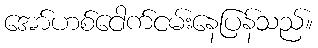
အော်ဟစ်ငေါက်ငမ်းနေပြန်သည်။